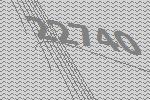
22740